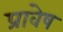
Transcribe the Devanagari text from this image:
प्रावेष